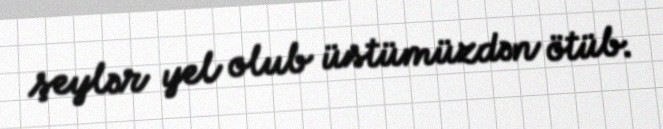
şeylər yel olub üstümüzdən ötüb.